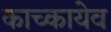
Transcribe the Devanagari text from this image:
काच्कायेव